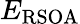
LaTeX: E_{\mathrm{\mathrm{RSOA}}}